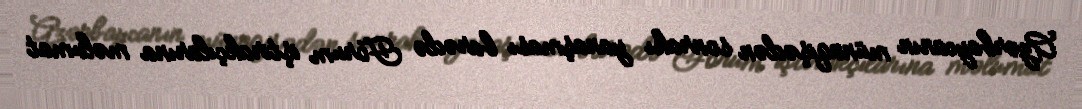
Azərbaycanın münaqişədən sonrakı yanaşması barədə Forum iştirakçılarına məlumat